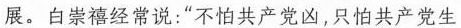
展。白崇禧经常说：”不怕共产党凶，只怕共产党生